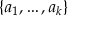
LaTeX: \{ a _ { 1 } , \ldots , a _ { k } \}